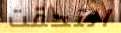
التحقت